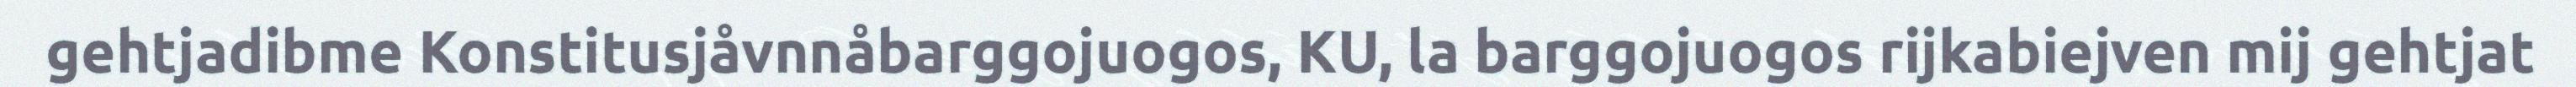
gehtjadibme Konstitusjåvnnåbarggojuogos, KU, la barggojuogos rijkabiejven mij gehtjat